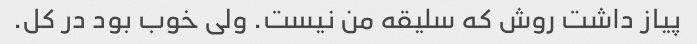
پیاز داشت روش که سلیقه من نیست. ولی خوب بود در کل.